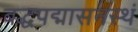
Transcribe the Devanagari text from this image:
बद्धपद्मासनस्थं